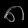
Digit: ၈